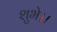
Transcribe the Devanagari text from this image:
शुभे।।